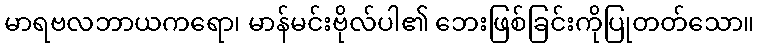
မာရဗလဘာယကရော၊ မာန်မင်းဗိုလ်ပါ၏ ဘေးဖြစ်ခြင်းကိုပြုတတ်သော။